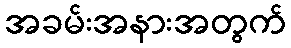
အခမ်းအနားအတွက်